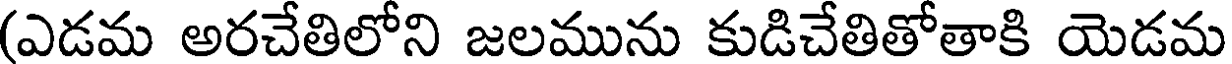
(ఎడమ అరచేతిలోని జలమును కుడిచేతితోతాకి యెడమ